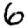
Digit: 6